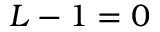
L - 1 = 0